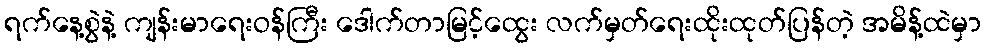
ရက်နေ့စွဲနဲ့ ကျန်းမာရေးဝန်ကြီး ဒေါက်တာမြင့်ထွေး လက်မှတ်ရေးထိုးထုတ်ပြန်တဲ့ အမိန့်ထဲမှာ